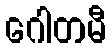
ဂေါတမီ